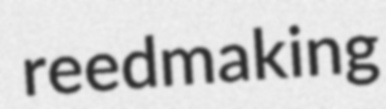
reedmaking